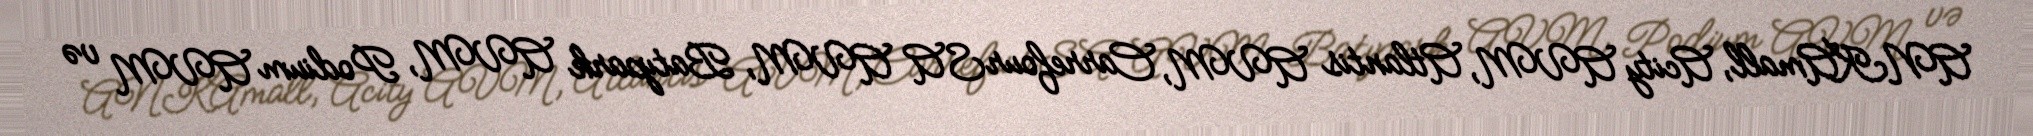
ANKAmall, Acity AVM, Atlantis AVM, CarrefourSA AVM, Batıpark AVM, Podium AVM və